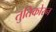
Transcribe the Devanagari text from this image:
तुतिकोरन